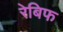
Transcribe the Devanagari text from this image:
रेबिफ